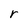
Character: r